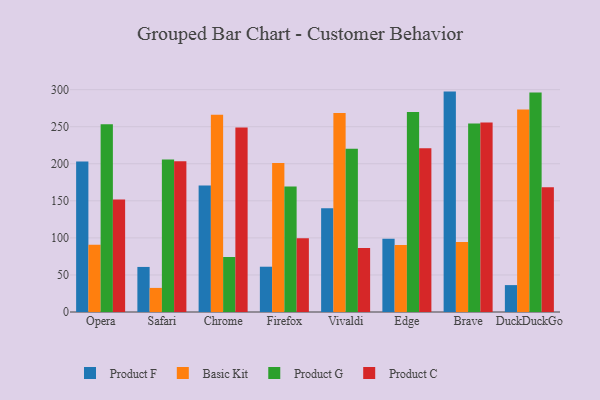
{"axis": {"x": "Browser", "y": "Customer Acquisition Cost (USD)"}, "legend": ["Basic Kit", "Product C", "Product F", "Product G"], "data": [{"x": "Opera", "y": 203.0, "type": "Product F"}, {"x": "Opera", "y": 90.7, "type": "Basic Kit"}, {"x": "Opera", "y": 253.4, "type": "Product G"}, {"x": "Opera", "y": 151.9, "type": "Product C"}, {"x": "Safari", "y": 60.8, "type": "Product F"}, {"x": "Safari", "y": 32.5, "type": "Basic Kit"}, {"x": "Safari", "y": 205.8, "type": "Product G"}, {"x": "Safari", "y": 203.4, "type": "Product C"}, {"x": "Chrome", "y": 170.7, "type": "Product F"}, {"x": "Chrome", "y": 266.1, "type": "Basic Kit"}, {"x": "Chrome", "y": 74.2, "type": "Product G"}, {"x": "Chrome", "y": 248.8, "type": "Product C"}, {"x": "Firefox", "y": 61.1, "type": "Product F"}, {"x": "Firefox", "y": 201.2, "type": "Basic Kit"}, {"x": "Firefox", "y": 169.4, "type": "Product G"}, {"x": "Firefox", "y": 99.6, "type": "Product C"}, {"x": "Vivaldi", "y": 140.1, "type": "Product F"}, {"x": "Vivaldi", "y": 268.5, "type": "Basic Kit"}, {"x": "Vivaldi", "y": 220.3, "type": "Product G"}, {"x": "Vivaldi", "y": 86.5, "type": "Product C"}, {"x": "Edge", "y": 98.9, "type": "Product F"}, {"x": "Edge", "y": 90.5, "type": "Basic Kit"}, {"x": "Edge", "y": 269.8, "type": "Product G"}, {"x": "Edge", "y": 221.0, "type": "Product C"}, {"x": "Brave", "y": 297.4, "type": "Product F"}, {"x": "Brave", "y": 94.4, "type": "Basic Kit"}, {"x": "Brave", "y": 254.3, "type": "Product G"}, {"x": "Brave", "y": 255.8, "type": "Product C"}, {"x": "DuckDuckGo", "y": 36.3, "type": "Product F"}, {"x": "DuckDuckGo", "y": 273.1, "type": "Basic Kit"}, {"x": "DuckDuckGo", "y": 296.1, "type": "Product G"}, {"x": "DuckDuckGo", "y": 168.2, "type": "Product C"}]}